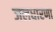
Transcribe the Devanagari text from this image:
जलधारणा